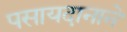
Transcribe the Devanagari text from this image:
पसायदानाने